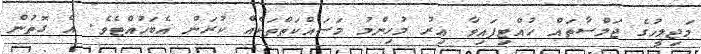
މަޖިލީހުގެ ޖަލްސާތައް ހުއްޓިފައިވާ އިރު މުހިންމު މަސައްކަތްތަކެއް ކުރަން އެބަހުއްޓެވެ. އެ ގޮތުން